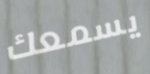
يسمعك